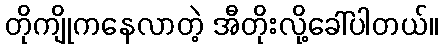
တိုကျိုကနေလာတဲ့ အီတိုးလို့ခေါ်ပါတယ်။